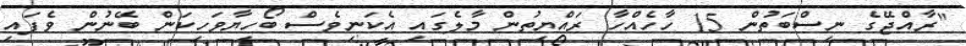
"ރާއްޖޭގެ ނިސްބަތުން 15 ހާހެއްހާ ރައްޔިތުން މާލެގައި އެކަނިވެސް ބޯހިޔާވަހިކަން ބޭނުން ވެފައި